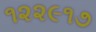
૧૨૨૯૧૭